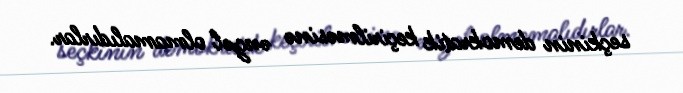
seçkinin demokratik keçirilməsinə əngəl olmamalıdırlar.